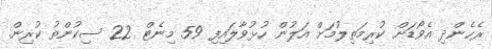
ރެހެންދި އެވޯޑަށް ކުރިމަތިލުމަށް އަލުން ހުޅުވާލައިފި 59 މިނެޓް 22 ސިކުންތު ކުރިން.